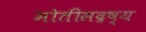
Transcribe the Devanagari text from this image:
मोतीसद्रष्य